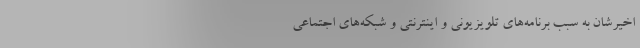
اخیرشان به سبب برنامه‌های تلویزیونی و اینترنتی و شبکه‌های اجتماعی